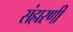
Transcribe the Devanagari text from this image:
संहारणी